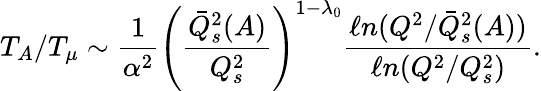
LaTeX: T_{A}/T_{\mu}\sim{\frac{1}{\alpha^{2}}}\left({\frac{\bar{Q}_{s}^{2}(A)}{Q_{s}^{2}}}\right)^{1-\lambda_{0}}{\frac{\ell n(Q^{2}/\bar{Q}_{s}^{2}(A))}{\ell n(Q^{2}/Q_{s}^{2})}}.